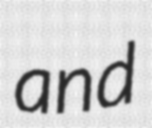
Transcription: and